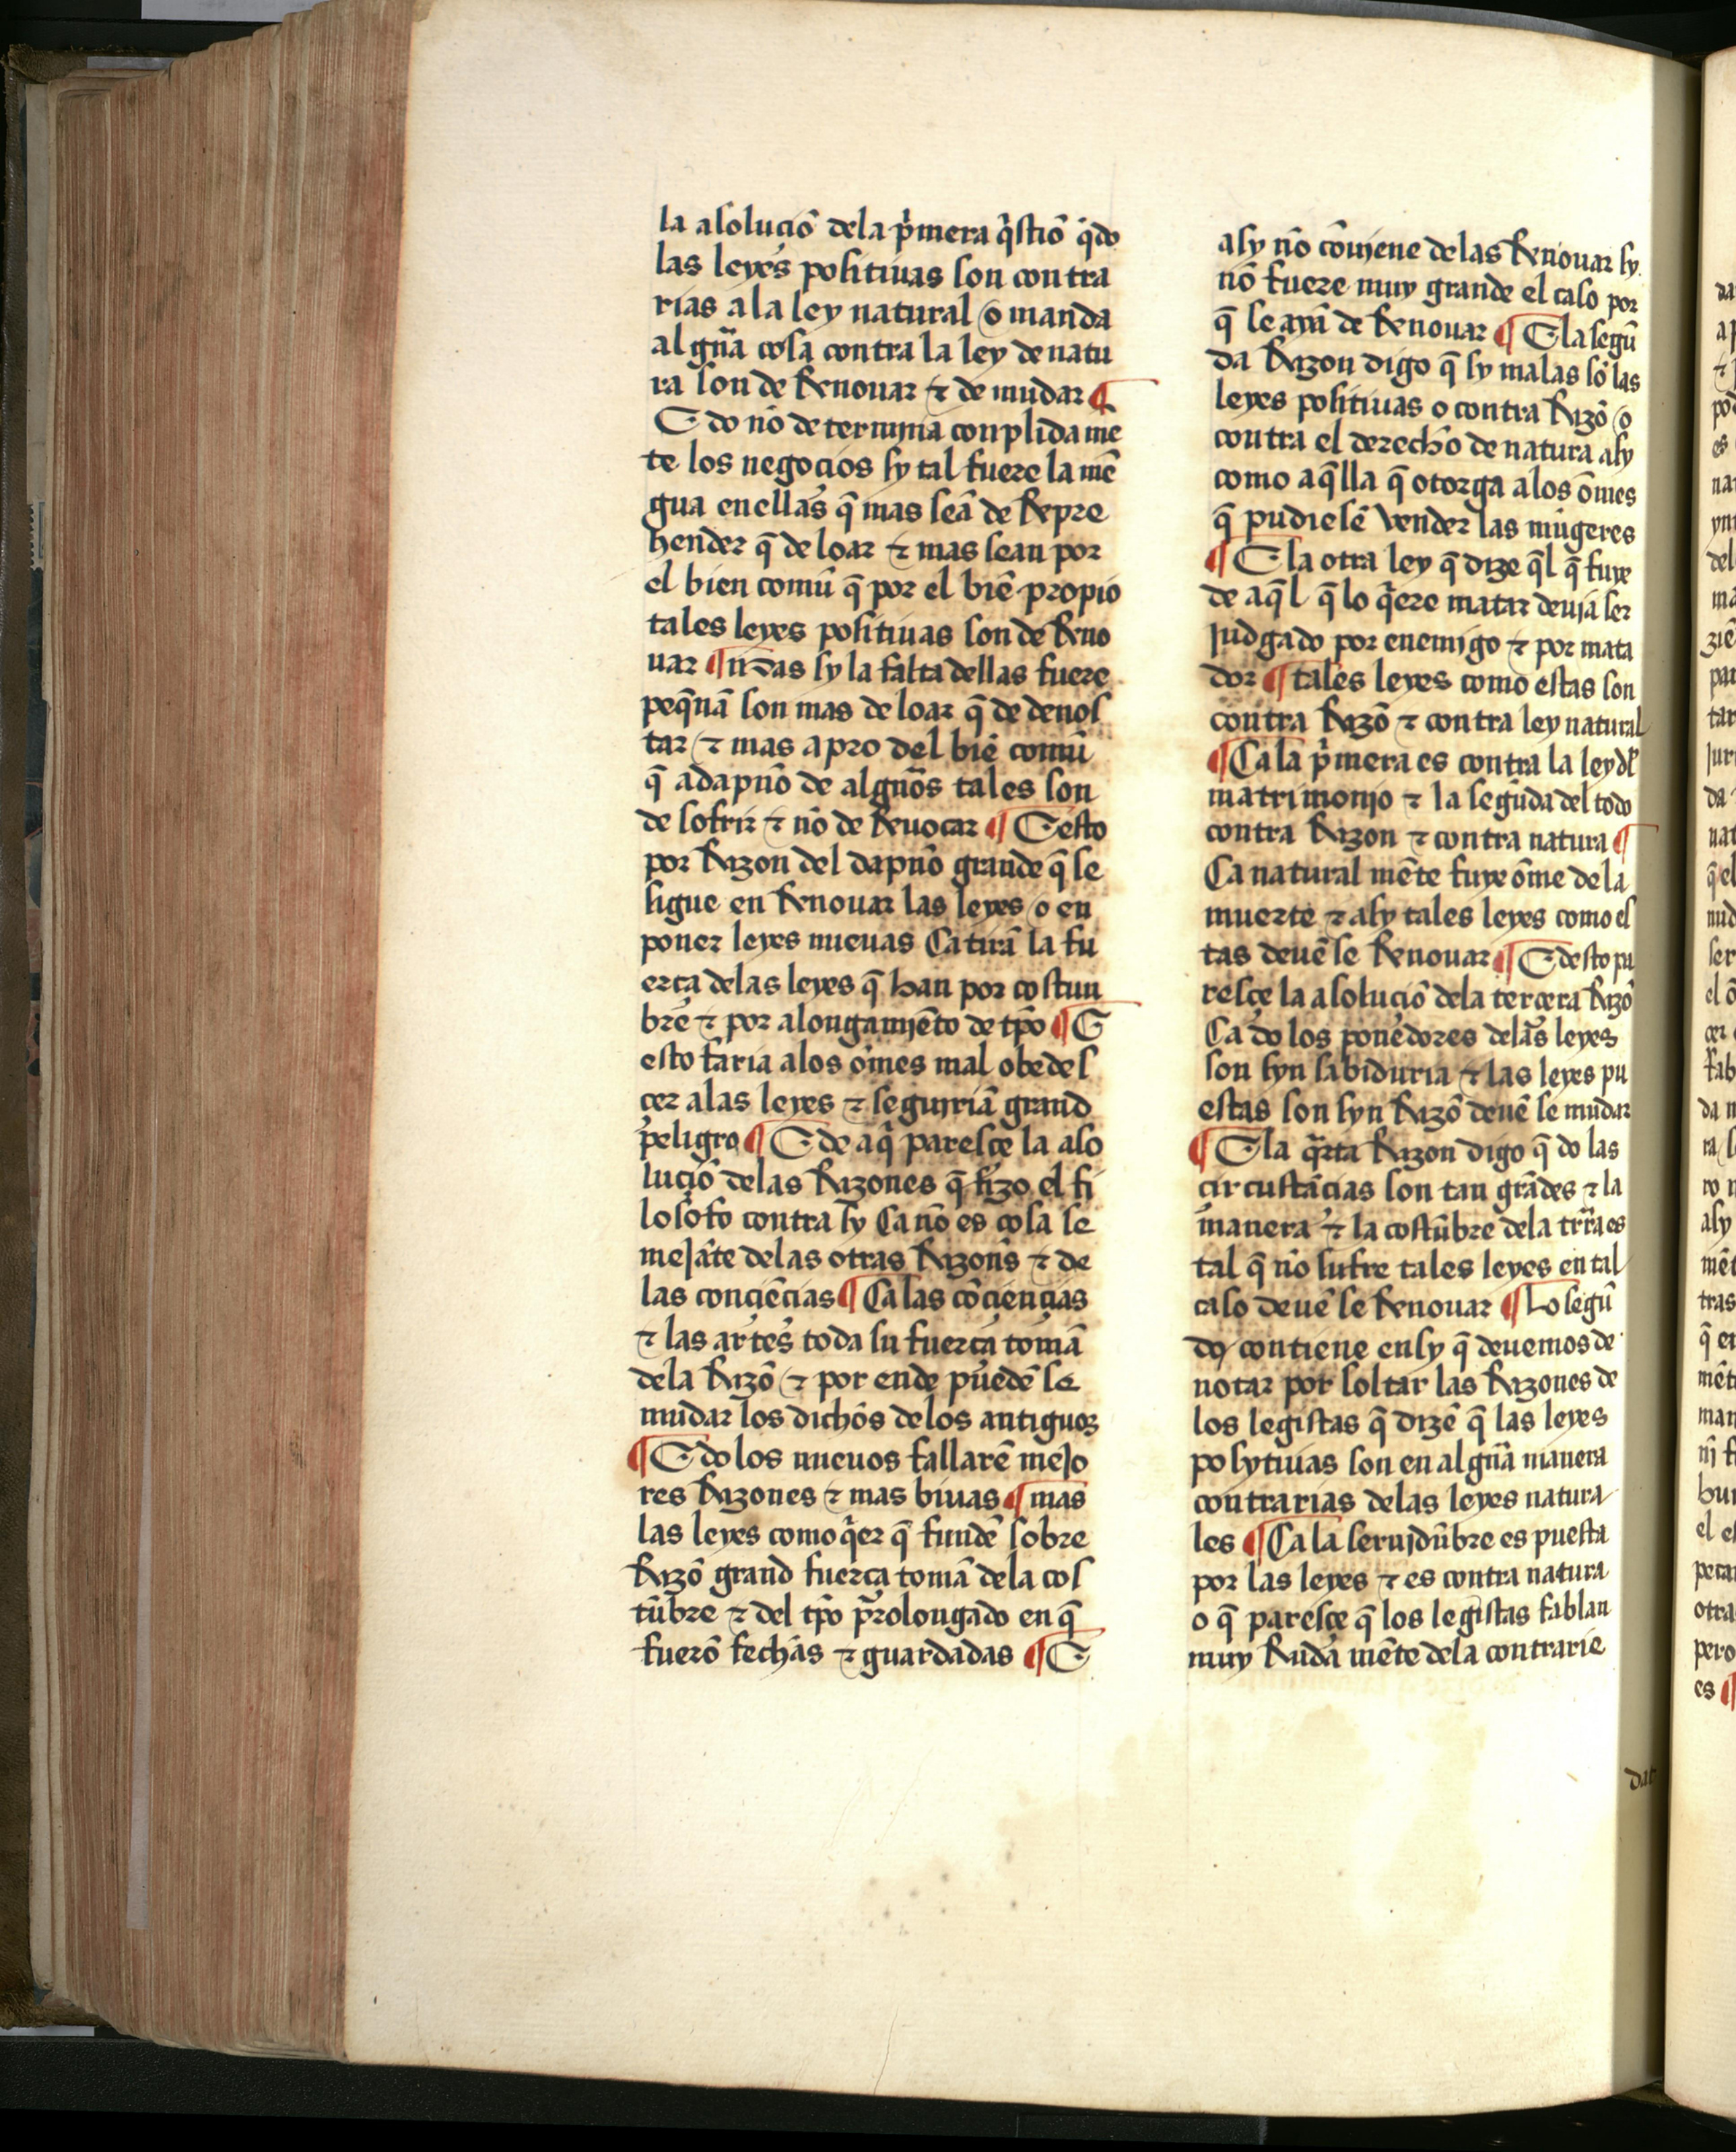
Shelfmark: Salamanca, Biblioteca Histórica USAL, 2709
Century: 15